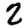
Digit: 2